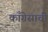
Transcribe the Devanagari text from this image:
काँग्रेसाची